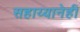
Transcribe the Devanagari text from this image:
सहाय्यानेही